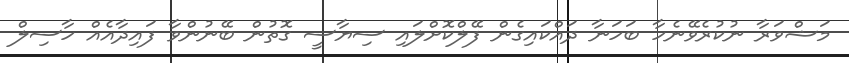
މަޝްވަރާ ނުކުރެވޭނެހާ ބަހަނާ ދައްކައިގެން ފޭލްކޮށްލައި ސިޔާސީ ގޮތުން ބޭނުންވާ ފައިދާއެއް ހާސިލް